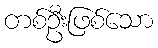
တစ်ဦးဖြစ်သော